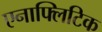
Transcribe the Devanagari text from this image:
एनाफ्लिटिक